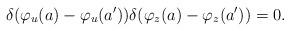
LaTeX: \begin{align*}\delta(\varphi_u(a) - \varphi_u(a^\prime))\delta(\varphi_z(a) - \varphi_z(a^\prime)) =0.\end{align*}